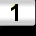
Digit: 1